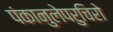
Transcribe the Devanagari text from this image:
पंकानुलेपरुचिरो